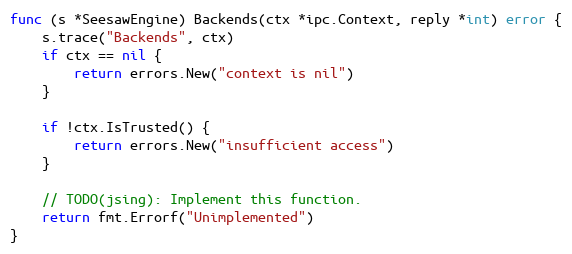
Language: Go
func (s *SeesawEngine) Backends(ctx *ipc.Context, reply *int) error {
	s.trace("Backends", ctx)
	if ctx == nil {
		return errors.New("context is nil")
	}

	if !ctx.IsTrusted() {
		return errors.New("insufficient access")
	}

	// TODO(jsing): Implement this function.
	return fmt.Errorf("Unimplemented")
}